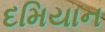
દમિયાન